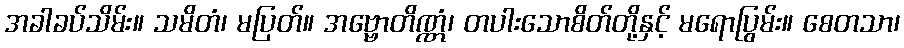
အခါခပ်သိမ်း။ သမိတံ၊ မပြတ်။ အဗ္ဗောတိဏ္ဏံ၊ တပါးသောစိတ်တို့နှင့် မရောပြွမ်း။ စေတသာ၊